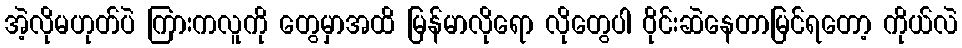
အဲ့လိုမဟုတ်ပဲ ကြားကလူကို တွေမှာအထိ မြန်မာလိုရော လိုတွေပါ ဝိုင်းဆဲနေတာမြင်ရတော့ ကိုယ်လဲ